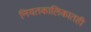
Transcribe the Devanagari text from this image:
नियतकालिकातही